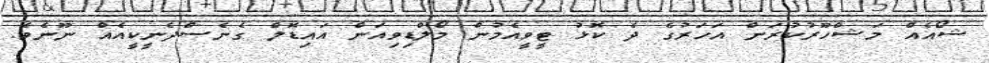
ޝޯއެއް މަޝްހޫރުކުރަން އަހަރުގެ ދެ ކޮޅު ޓީވީއެމުން މޯލްޑިވިއަން އައިޑޮލް ގެނެސްދެނީކީއެއް ނޫނެވެ.